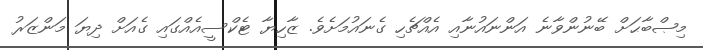
މިޞްބާޙަށް ބޭނުންވާނެ އަންނައުނާއި އެއްޗެހި ގެނައުމަށެވެ. ޒާހިޔާ ޓެކްސީއެއްގައި ގެއަށް ދިޔަ މަންޒަރު